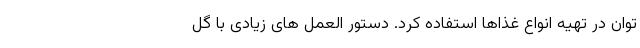
توان در تهیه انواع غذاها استفاده کرد. دستور العمل های زیادی با گل